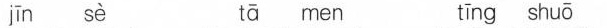
jīn sè tā men tīng xī